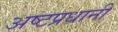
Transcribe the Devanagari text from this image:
अष्टप्रधानी